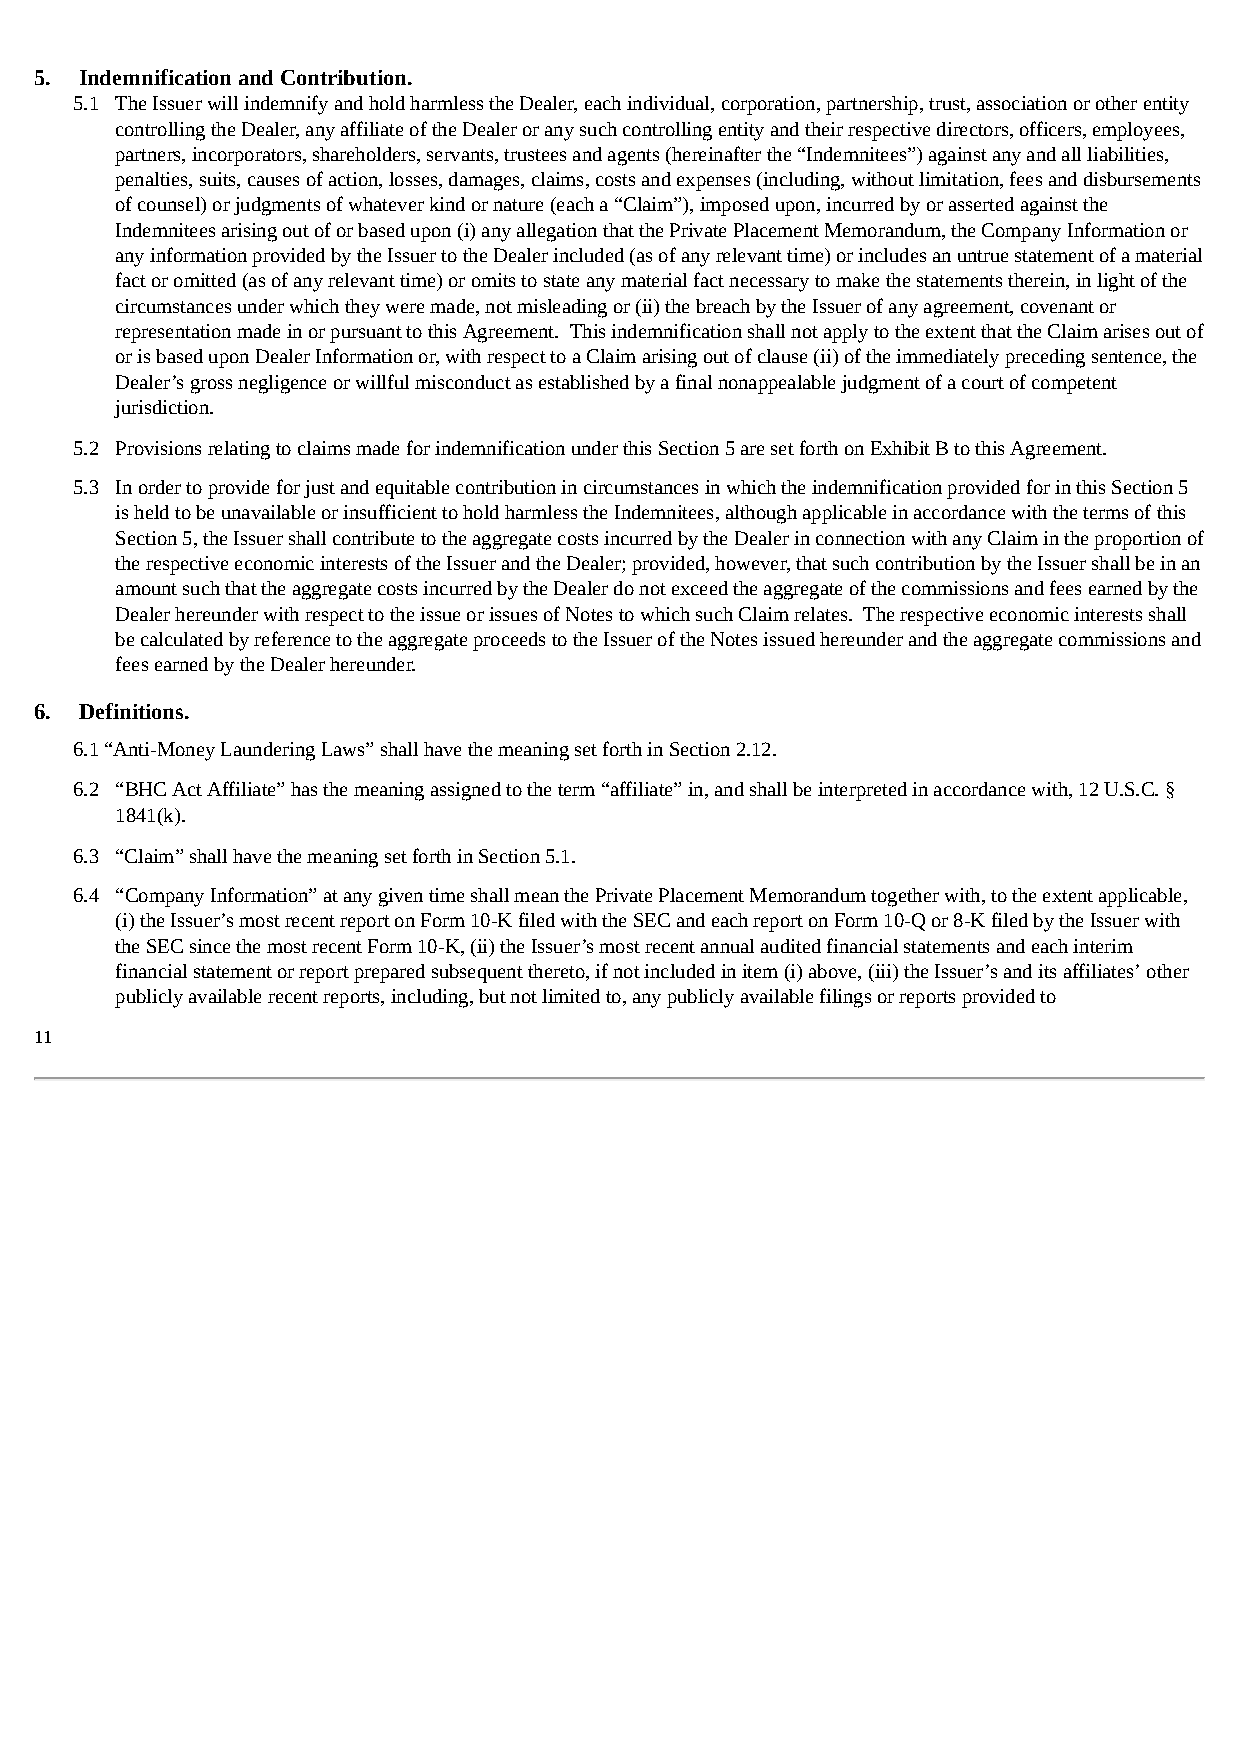
5. Indemnification and Contribution.
 5.1 The Issuer will indemnify and hold harmless the Dealer, each individual, corporation, partnership, trust, association or other entity
 controlling the Dealer, any affiliate of the Dealer or any such controlling entity and their respective directors, officers, employees,
 partners, incorporators, shareholders, servants, trustees and agents (hereinafter the “Indemnitees”) against any and all liabilities,
 penalties, suits, causes of action, losses, damages, claims, costs and expenses (including, without limitation, fees and disbursements
 of counsel) or judgments of whatever kind or nature (each a “Claim”), imposed upon, incurred by or asserted against the
 Indemnitees arising out of or based upon (i) any allegation that the Private Placement Memorandum, the Company Information or
 any information provided by the Issuer to the Dealer included (as of any relevant time) or includes an untrue statement of a material
 fact or omitted (as of any relevant time) or omits to state any material fact necessary to make the statements therein, in light of the
 circumstances under which they were made, not misleading or (ii) the breach by the Issuer of any agreement, covenant or
 representation made in or pursuant to this Agreement. This indemnification shall not apply to the extent that the Claim arises out of
 or is based upon Dealer Information or, with respect to a Claim arising out of clause (ii) of the immediately preceding sentence, the
 Dealer’s gross negligence or willful misconduct as established by a final nonappealable judgment of a court of competent
 jurisdiction.
 5.2 Provisions relating to claims made for indemnification under this Section 5 are set forth on Exhibit B to this Agreement.
 5.3 In order to provide for just and equitable contribution in circumstances in which the indemnification provided for in this Section 5
 is held to be unavailable or insufficient to hold harmless the Indemnitees, although applicable in accordance with the terms of this
 Section 5, the Issuer shall contribute to the aggregate costs incurred by the Dealer in connection with any Claim in the proportion of
 the respective economic interests of the Issuer and the Dealer; provided, however, that such contribution by the Issuer shall be in an
 amount such that the aggregate costs incurred by the Dealer do not exceed the aggregate of the commissions and fees earned by the
 Dealer hereunder with respect to the issue or issues of Notes to which such Claim relates. The respective economic interests shall
 be calculated by reference to the aggregate proceeds to the Issuer of the Notes issued hereunder and the aggregate commissions and
 fees earned by the Dealer hereunder.
 6. Definitions.
 6.1 “Anti-Money Laundering Laws” shall have the meaning set forth in Section 2.12.
 6.2 “BHC Act Affiliate” has the meaning assigned to the term “affiliate” in, and shall be interpreted in accordance with, 12 U.S.C. §
 1841(k).
 6.3 “Claim” shall have the meaning set forth in Section 5.1.
 6.4 “Company Information” at any given time shall mean the Private Placement Memorandum together with, to the extent applicable,
 (i) the Issuer’s most recent report on Form 10-K filed with the SEC and each report on Form 10-Q or 8-K filed by the Issuer with
 the SEC since the most recent Form 10-K, (ii) the Issuer’s most recent annual audited financial statements and each interim
 financial statement or report prepared subsequent thereto, if not included in item (i) above, (iii) the Issuer’s and its affiliates’ other
 publicly available recent reports, including, but not limited to, any publicly available filings or reports provided to
 11